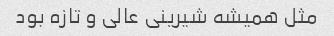
مثل همیشه شیرینی عالی و تازه بود